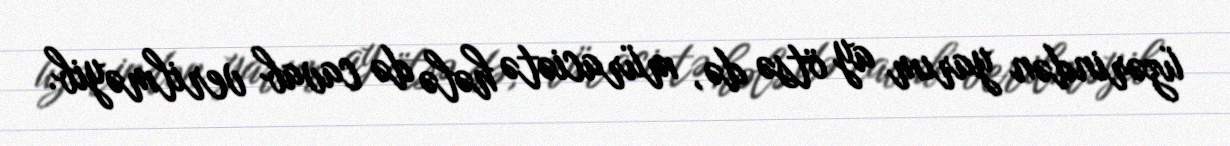
üzərindən yarım ay ötsə də, müraciətə hələ də cavab verilməyib.